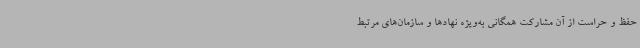
حفظ و حراست از آن مشارکت همگانی به‌ویژه نهادها و سازمان‌های مرتبط